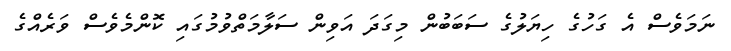
ނަމަވެސް އެ ގަހުގެ ހިޔަލުގެ ސަބަބުން މިގަދަ އަވިން ސަލާމަތްވުމުގައި ކޮންމެވެސް ވަރެއްގެ